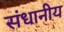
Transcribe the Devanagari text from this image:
संधानीय